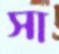
সা